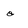
Character: o